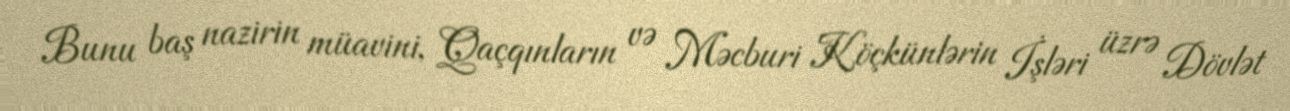
Bunu baş nazirin müavini, Qaçqınların və Məcburi Köçkünlərin İşləri üzrə Dövlət